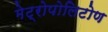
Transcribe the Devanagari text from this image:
मेट्रोपोलिटोण